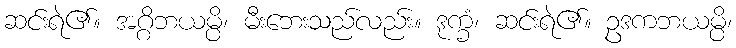
ဆင်းရဲ၏။ အဂ္ဂိဘယမ္ပိ၊ မီးဘေးသည်လည်း။ ဒုက္ခံ၊ ဆင်းရဲ၏။ ဥဒကဘယမ္ပိ၊